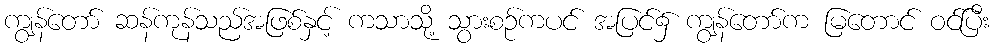
ကျွန်တော် ဆန်ကုန်သည်အဖြစ်နှင့် ကသာသို့ သွားစဉ်ကပင် အပြင်၌ ကျွန်တော်က မြတောင် ဝင်ပြီး